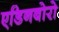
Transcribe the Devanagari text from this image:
एडिनबोरो